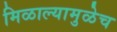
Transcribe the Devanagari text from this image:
मिळाल्यामुळेच